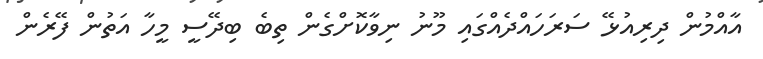
އާއްމުން ދިރިއުޅޭ ސަރަހައްދެއްގައި މޫނު ނިވާކޮށްގެން ތިބެ ބިދޭސީ މީހާ އަތުން ފޭރެން